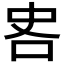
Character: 𪠷